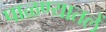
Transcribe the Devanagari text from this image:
पाळण्यातलें